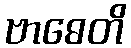
ဗာဓေတိ